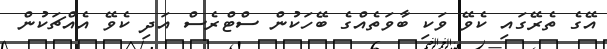
އޭގެ ތެރޭގައި ކެވޭ ވަކި ބާވަތެއްގެ ބޭހަކުން ސްޓްރެސް އަދި ކެވޭ އެއްޗަކުން